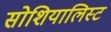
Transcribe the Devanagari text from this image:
सोशियालिस्ट